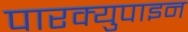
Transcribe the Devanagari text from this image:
पारक्युपाइन